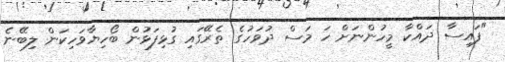
"ފައިސާ ދައްކާ މީހުންނަށް ހަ މަސް ދުވަހުގެ ތެރޭގައި ގުޅިފަޅުން ބޯހިޔާވަހިކަން ލިބޭނެ